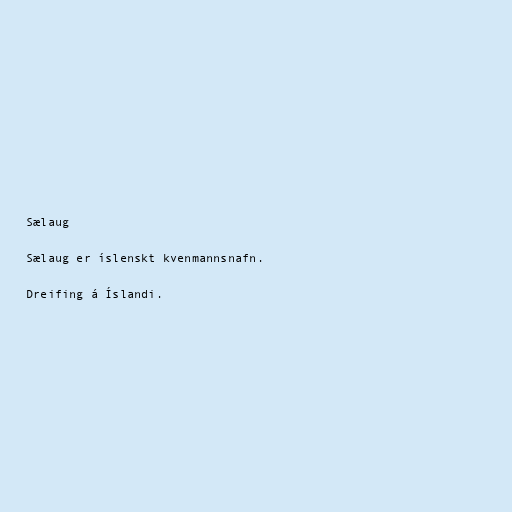
Sælaug

Sælaug er íslenskt kvenmannsnafn.

Dreifing á Íslandi.